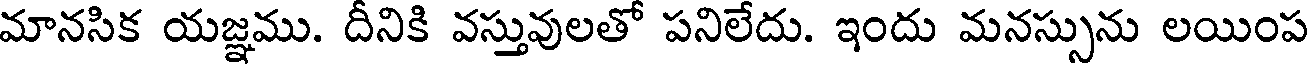
మానసిక యజ్ఞము. దీనికి వస్తువులతో పనిలేదు. ఇందు మనస్సును లయింప